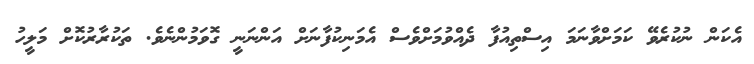
އެކަން ނުކުރެވޭ ކަމަށްވާނަމަ އިސްތިއުފާ ދެއްވުމަށްވެސް އެމަނިކުފާނަށް އަންނަނީ ގޮވަމުންނެވެ. ތަކުރާރުކޮށް މަލީހު